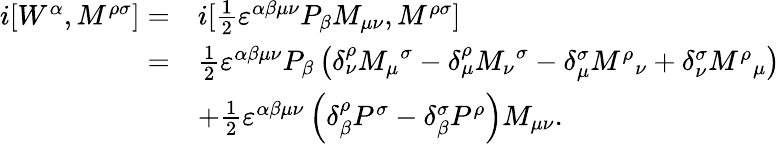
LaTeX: \begin{array}{rl}{i[{W^{\alpha}},{M^{\rho\sigma}}]=}&{i[\frac{1}{2}{\varepsilon^{\alpha\beta\mu\nu}}{P_{\beta}}{M_{\mu\nu}},{M^{\rho\sigma}}]}\\ {=}&{\frac{1}{2}{\varepsilon^{\alpha\beta\mu\nu}}{P_{\beta}}\left({\delta_{\nu}^{\rho}{M_{\mu}}^{\sigma}-\delta_{\mu}^{\rho}{M_{\nu}}^{\sigma}-\delta_{\mu}^{\sigma}{M^{\rho}}_{\nu}+\delta_{\nu}^{\sigma}{M^{\rho}}_{\mu}}\right)}\\ &{+\frac{1}{2}{\varepsilon^{\alpha\beta\mu\nu}}\left({\delta_{\beta}^{\rho}{P^{\sigma}}-\delta_{\beta}^{\sigma}{P^{\rho}}}\right)M_{\mu\nu}.}\end{array}